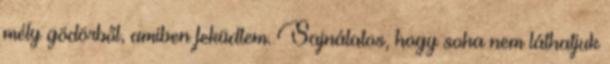
mély gödörből, amiben feküdtem. Sajnálatos, hogy soha nem láthatjuk